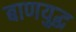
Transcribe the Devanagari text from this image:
बाणयुद्ध